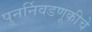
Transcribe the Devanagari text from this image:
पुनर्निवडणूकीचे